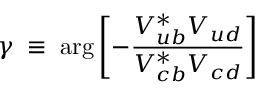
\gamma \; \equiv \; \arg \left[ - \frac { V _ { u b } ^ { * } V _ { u d } } { V _ { c b } ^ { * } V _ { c d } } \right] \; \;